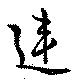
違